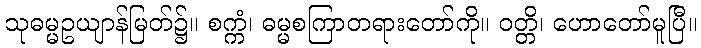
သုဓမ္မဥယျာန်မြတ်၌။ စက္ကံ၊ ဓမ္မစကြာတရားတော်ကို။ ဝတ္တိ၊ ဟောတော်မူပြီ။